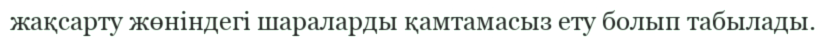
жақсарту жөніндегі шараларды қамтамасыз ету болып табылады.